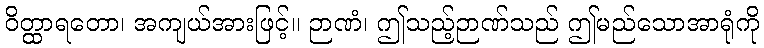
ဝိတ္ထာရတော၊ အကျယ်အားဖြင့်။ ဉာဏံ၊ ဤသည့်ဉာဏ်သည် ဤမည်သောအာရုံကို